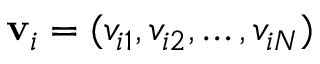
\mathbf { v } _ { i } = ( v _ { i 1 } , v _ { i 2 } , \dots , v _ { i N } )